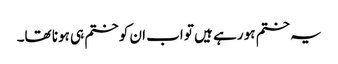
یہ ختم ہو رہے ہیں تو اب ان کو ختم ہی ہونا تھا۔